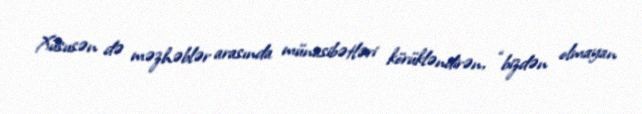
Xüsusən də məzhəblər arasında münasibətləri körükləndirən, “bizdən olmayan